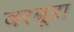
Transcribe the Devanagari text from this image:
बरबूडा